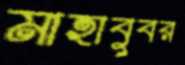
মাহাবুবর